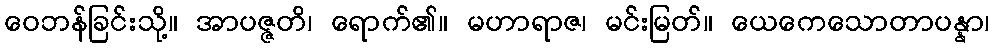
ဝေဘန်ခြင်းသို့။ အာပဇ္ဇတိ၊ ရောက်၏။ မဟာရာဇ၊ မင်းမြတ်။ ယေကေသောတာပန္နာ၊